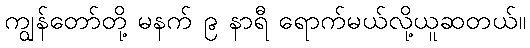
ကျွန်တော်တို့ မနက် ၉ နာရီ ရောက်မယ်လို့ယူဆတယ်။